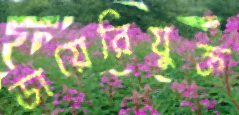
ডায়েরিযুক্ত